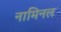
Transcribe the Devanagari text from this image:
नामिनल